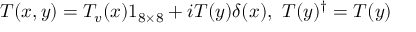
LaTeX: T ( x , y ) = T _ { v } ( x ) 1 _ { 8 \times 8 } + i T ( y ) \delta ( x ) , \ T ( y ) ^ { \dag } = T ( y )